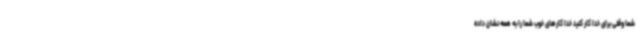
شما وقتی برای خدا کار کنید خدا کارهای خوب شما را به همه نشان داده